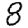
Digit: 8